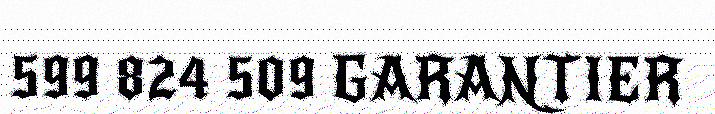
599 824 509 GARANTIER